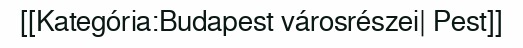
[[Kategória:Budapest városrészei| Pest]]